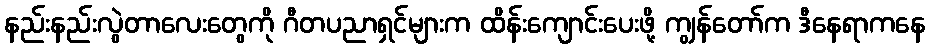
နည်းနည်းလွဲတာလေးတွေကို ဂီတပညာရှင်များက ထိန်းကျောင်းပေးဖို့ ကျွန်တော်က ဒီနေရာကနေ